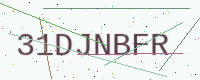
Text: 31DJNBFR